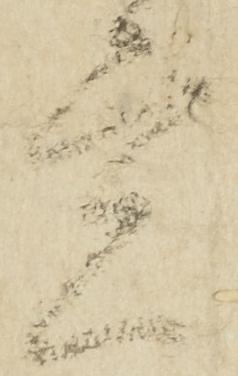
覚